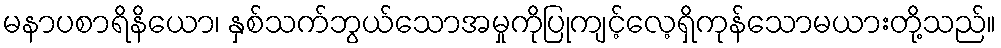
မနာပစာရိနိယော၊ နှစ်သက်ဘွယ်သောအမှုကိုပြုကျင့်လေ့ရှိကုန်သောမယားတို့သည်။